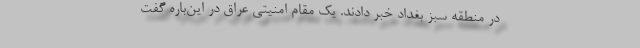
در منطقه سبز بغداد خبر دادند. یک مقام امنیتی عراق در این‌باره گفت